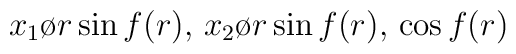
{x_1 \o r} \sin f(r) , \, {x_2 \o r} \sin f(r) , \, \cos f(r)